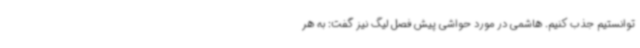
‌توانستیم جذب کنیم. هاشمی در مورد حواشی پیش فصل لیگ نیز گفت: به هر